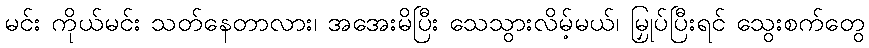
မင်း ကိုယ်မင်း သတ်နေတာလား၊ အအေးမိပြီး သေသွားလိမ့်မယ်၊ မြှုပ်ပြီးရင် သွေးစက်တွေ